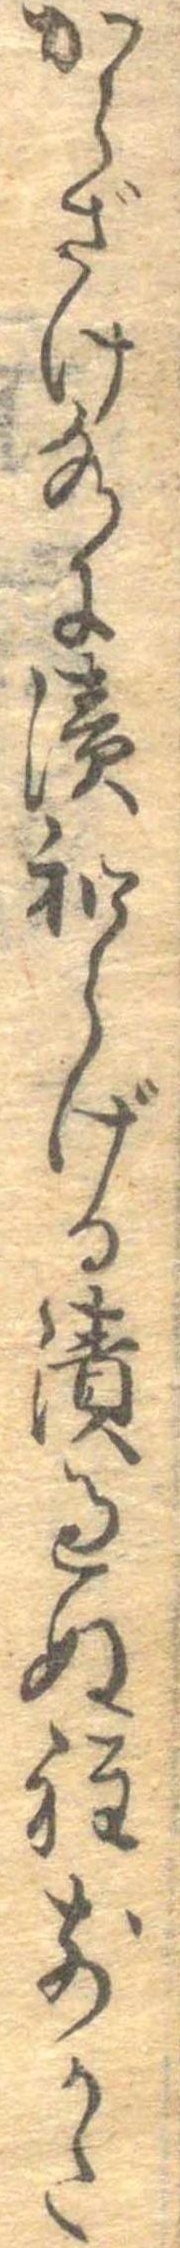
からざけ水に漬和らげる漬過ぬ程前かた